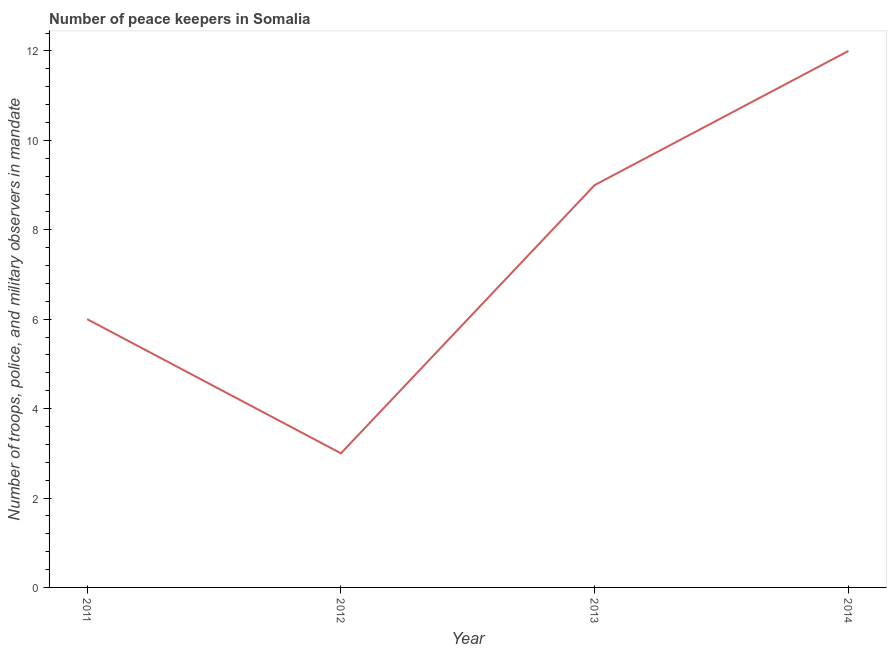
| Year | Presence of peace keepers |
 | --- | --- |
 | 2011 | 6 |
 | 2012 | 3 |
 | 2013 | 9 |
 | 2014 | 12 |